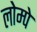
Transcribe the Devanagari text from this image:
लोम्पे